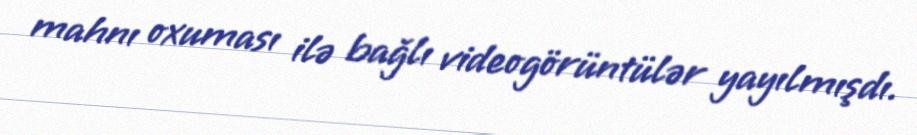
mahnı oxuması ilə bağlı videogörüntülər yayılmışdı.